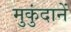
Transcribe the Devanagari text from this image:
मुकुंदानें